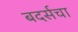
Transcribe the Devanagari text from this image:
बदर्सचा